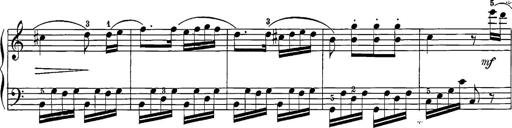
Title: 12 Sonatine per Pianoforte
Composer: Friedrich Kuhlau